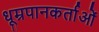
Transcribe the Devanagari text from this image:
धूम्रपानकर्ताओं